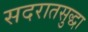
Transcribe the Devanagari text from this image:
सदरातसुद्धा